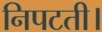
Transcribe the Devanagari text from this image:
निपटती।